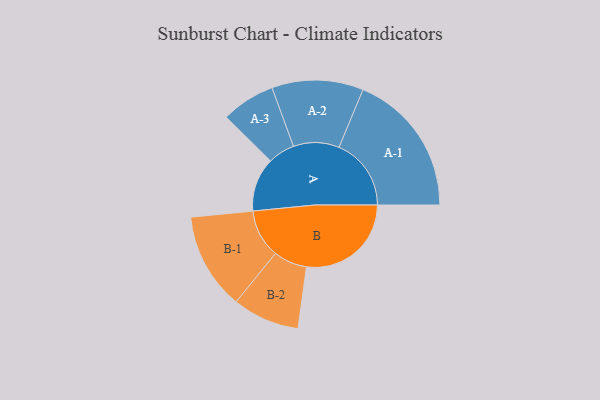
{"axis": {"x": "Segment", "y": "Value"}, "legend": ["", "A", "B"], "data": [{"x": "A", "y": 220, "type": ""}, {"x": "B", "y": 428, "type": ""}, {"x": "A-1", "y": 295, "type": "A"}, {"x": "A-2", "y": 187, "type": "A"}, {"x": "A-3", "y": 110, "type": "A"}, {"x": "B-1", "y": 198, "type": "B"}, {"x": "B-2", "y": 137, "type": "B"}]}